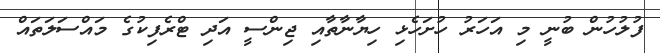
ފުލުހުން ބުނީ މި އަހަރު ހުށަހެޅި ހިޔާނާތާއި ޖިންސީ އަދި ޓްރެފިކުގެ މައްސަލަތައް